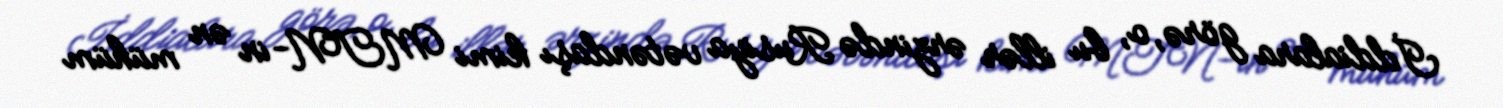
İddialara görə, o, bu illər ərzində Rusiya vətəndaşı kimi MTN-in ən mühüm